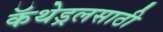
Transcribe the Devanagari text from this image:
कॅथेड्रलसाठी